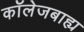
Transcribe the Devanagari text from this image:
कॉलेजबाह्य